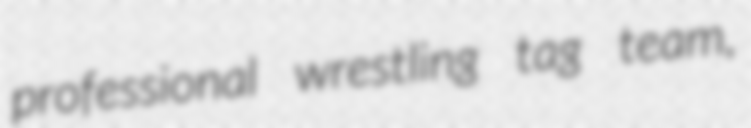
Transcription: professional wrestling tag team,